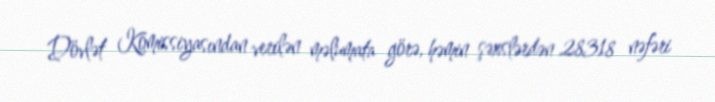
Dövlət Komissiyasından verilən məlumata görə, həmin şəxslərdən 28318 nəfəri